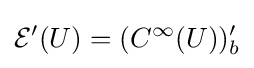
{\mathcal {E}}'(U)=(C^{\infty }(U))'_{b}